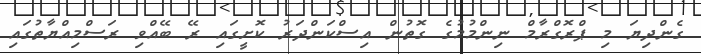
ގެންދިޔަ މި ޕްރޮގްރާމް ނިންމުމުގެ ގޮތުން އިސްކަންދަރު ކޮށީގައި ރޭ ބޭއްވި ރަސްމިއްޔާތުގައި